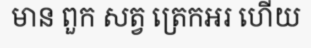
មាន ពួក សត្វ ត្រេកអរ ហើយ